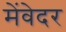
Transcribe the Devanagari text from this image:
मेंवेदर